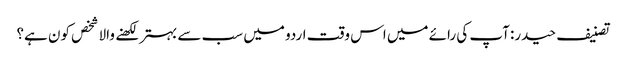
تصنیف حیدر: آپ کی رائے میں اس وقت اردو میں سب سے بہتر لکھنے والا شخص کون ہے؟